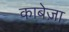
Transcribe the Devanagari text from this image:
काबेज़ा